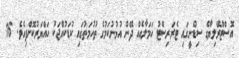
އޮސްޓްރޭލިޔާގެ ސިޑްނީގައި ޓެރަރިސްޓު ހަމަލާއެއް ދޭން އުޅުނުކަމުގެ ތުހުމަތުގައި ކުޑަކުއްޖަކު ހައްޔަރުކޮށްފިއެވެ. 16